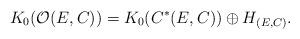
LaTeX: \begin{align*} K_0(\mathcal O (E,C) ) = K_0 (C^*(E,C)) \oplus H_{(E,C)} .\end{align*}